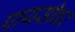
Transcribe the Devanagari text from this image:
पायसीकर